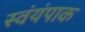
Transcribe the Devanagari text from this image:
स्वंयंपाक